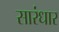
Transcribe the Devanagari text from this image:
सारंधार